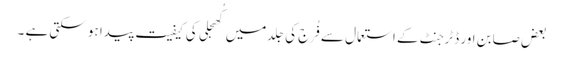
بعض صابن اور ڈٹرجنٹ کے استعمال سے فُرج کی جِلد میں کُھجلی کی کیفیت پیدا ہو سکتی ہے ۔